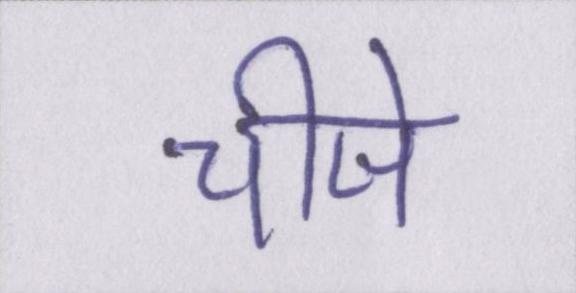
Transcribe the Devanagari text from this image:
चीजे